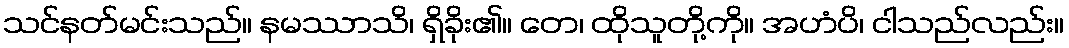
သင်နတ်မင်းသည်။ နမဿာသိ၊ ရှိခိုး၏။ တေ၊ ထိုသူတို့ကို။ အဟံပိ၊ ငါသည်လည်း။